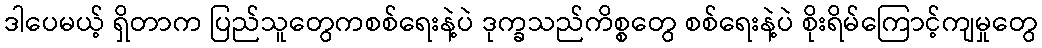
ဒါပေမယ့် ရှိတာက ပြည်သူတွေကစစ်ရေးနဲ့ပဲ ဒုက္ခသည်ကိစ္စတွေ စစ်ရေးနဲ့ပဲ စိုးရိမ်ကြောင့်ကျမှုတွေ